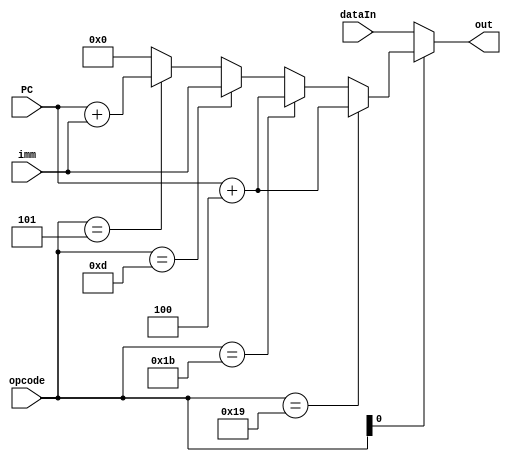

`timescale 1ns / 1ps
/*******************************************************************
*
* Module: RFMux.v
* Project: RISC-V CPU
* Description: The RF control unit
* Change history:
* 2/7/19 - We edited the Module
**********************************************************************/
module RFControl(input [4:0] opcode,
input [31:0] dataIn, 
input [31:0] imm, 
input [31:0] PC, 
output [31:0] out);
assign out = (opcode[0]==0)?dataIn:
(opcode == 5'b11_001)?(PC+4):(opcode == 5'b11_011)?(PC+4):
(opcode == 5'b01_101)?imm:(opcode == 5'b00_101)?(PC+imm):0;
endmodule